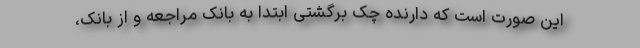
این صورت است که دارنده چک برگشتی ابتدا به بانک مراجعه و از بانک،